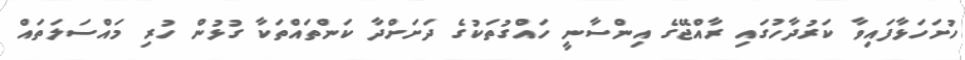
ހުށަހަޅާފައިވާ ކަރުދާހުގައި ރާއްޖޭގެ އިންސާނީ ހައްގުތަކުގެ ދަށަށްދާ ކަންތައްތަކާ ގުޅުން ހުރި މައްސަލަތައް